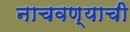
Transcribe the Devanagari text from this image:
नाचवण्याची